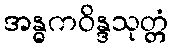
အန္ဓကဝိန္ဒသုတ္တံ